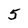
Character: 5